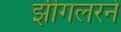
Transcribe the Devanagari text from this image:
झीगलरने